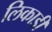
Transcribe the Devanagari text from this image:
लिकाडी